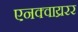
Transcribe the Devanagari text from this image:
एनक्वाय्ररर